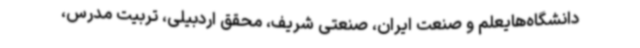
دانشگاه‌هایعلم و صنعت ایران، صنعتی شریف، محقق اردبیلی، تربیت مدرس،